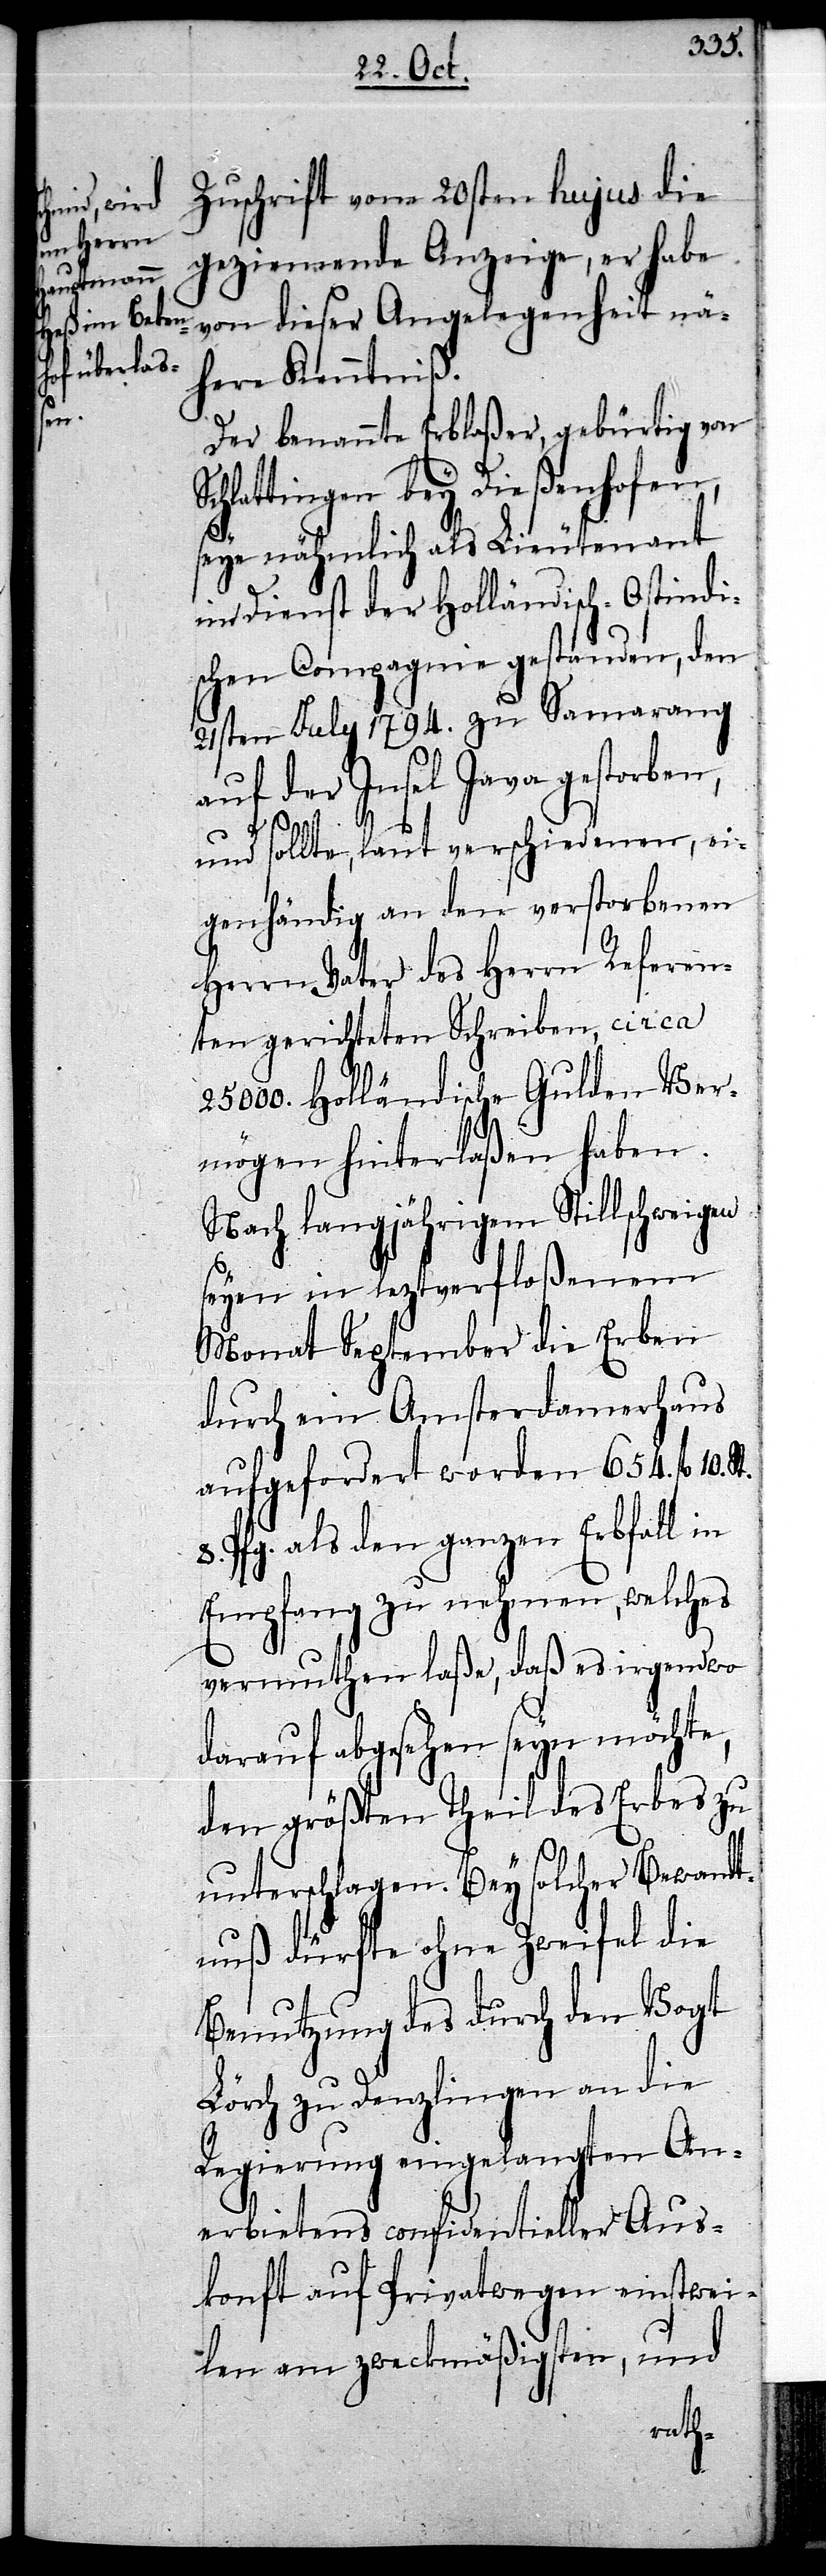
Zuschrift vom 20sten hujus die
geziemende Anzeige, er hab¬
e von dieser Angelegenheit nä¬
here Kenntniß.
Der benannte Erblaßer, gebürtig von
Schlattingen bey Dießenhofen,
seye nähmlich als Lieutenant
im Dienst der Holländisch-Ostindi¬
schen Compagnie gestanden, den
21sten July 1794. zu Samarang
auf der Insel Java gestorben,
und sollte, laut verschiedenen, ei¬
genhändig an den verstorbenen
Herrn Vater des Herrn Referen¬
ten gerichteten Schreiben, circa
25000. Holländische Gulden Ver¬
mögen hinterlaßen haben.
Nach langjährigem Stillschweigen
seyen in leztverfloßenem
Monat September die Erben
durch ein Amsterdamerhaus
aufgefordert worden 654. fl 10.
Pfg. als den ganzen Erbfall in
Empfang zu nehmen, welches
vermuthen laße, daß es irgendwo
darauf abgesehen seyn möchte,
den größten Theil des Erbes zu
unterschlagen. Bey solcher Bewandt¬
nuß dürfte ohne Zweifel die
Benutzung des durch den Vogt
Lörch zu Denzlingen an die
Regierung eingelangten An¬
erbietens confidentieller Aus¬
konft auf Privatwegen einstwei¬
len am zweckmäßigsten, und